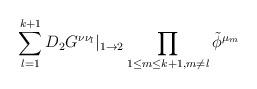
LaTeX: \begin{align*}\sum_{l=1}^{k+1}D_2G^{\nu\nu_l}|_{1\rightarrow 2} \prod_{1\leq m\leq k+1, m\not{=}l}\tilde{\phi}^{\mu_m}\end{align*}